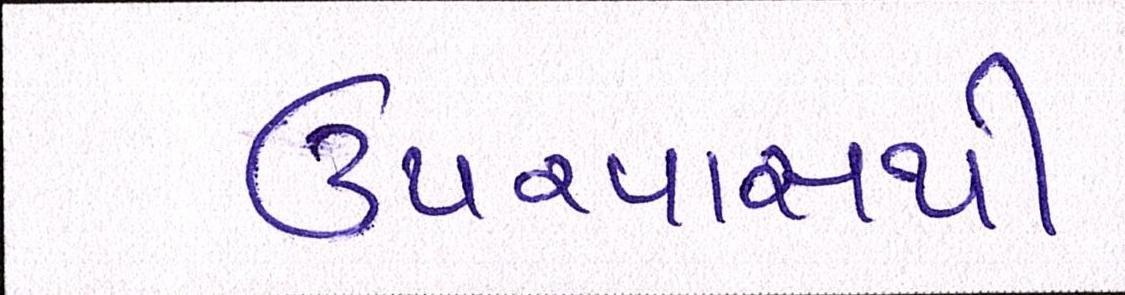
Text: ઉપરવાસથી